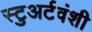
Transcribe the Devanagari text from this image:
स्टुअर्टवंशी